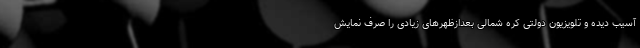
آسیب دیده و تلویزیون دولتی کره شمالی بعدازظهرهای زیادی را صرف نمایش